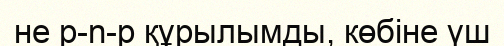
не р-n-р құрылымды, көбіне үш